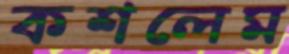
কশলেম